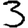
Digit: 3